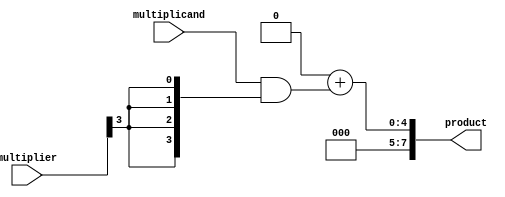
module wallace_tree_multiplier #(parameter N = 4) (
    input [N-1:0] multiplicand,
    input [N-1:0] multiplier,
    output reg [2*N-1:0] product
);

// Generate partial products
wire [N-1:0] pp [0:N-1]; // Partial products
genvar i;
generate
    for (i = 0; i < N; i = i + 1) begin: generate_partial_products
        assign pp[i] = multiplicand & {N{multiplier[i]}}; // AND operation
    end
endgenerate

// Carry-save adder (CSA) structure
wire [N-1:0] sum [0:N-1];
wire [N-1:0] carry [0:N-1];

// Initial values for sum and carry
genvar j;
generate
    for (j = 0; j < N; j = j + 1) begin: init_sum_carry
        assign sum[j] = {1'b0, pp[j]}; // Initialize sum with leading zero
        assign carry[j] = 0;           // Initialize carry to zero
    end
endgenerate

// Wallace tree reduction using CSAs
integer k;
always @* begin
    // Combine partial products using CSAs
    for (k = 0; k < N - 1; k = k + 1) begin
        // Combine three inputs at a time
        if (k < N/3) begin // First level
            {carry[k], sum[k+1]} = pp[k] + pp[k+1] + pp[k+2]; // CSA operation
        end
    end
end

// Final summation
always @* begin
    // Combine the last two results
    product = carry[N-1] + sum[N-1];
end

endmodule